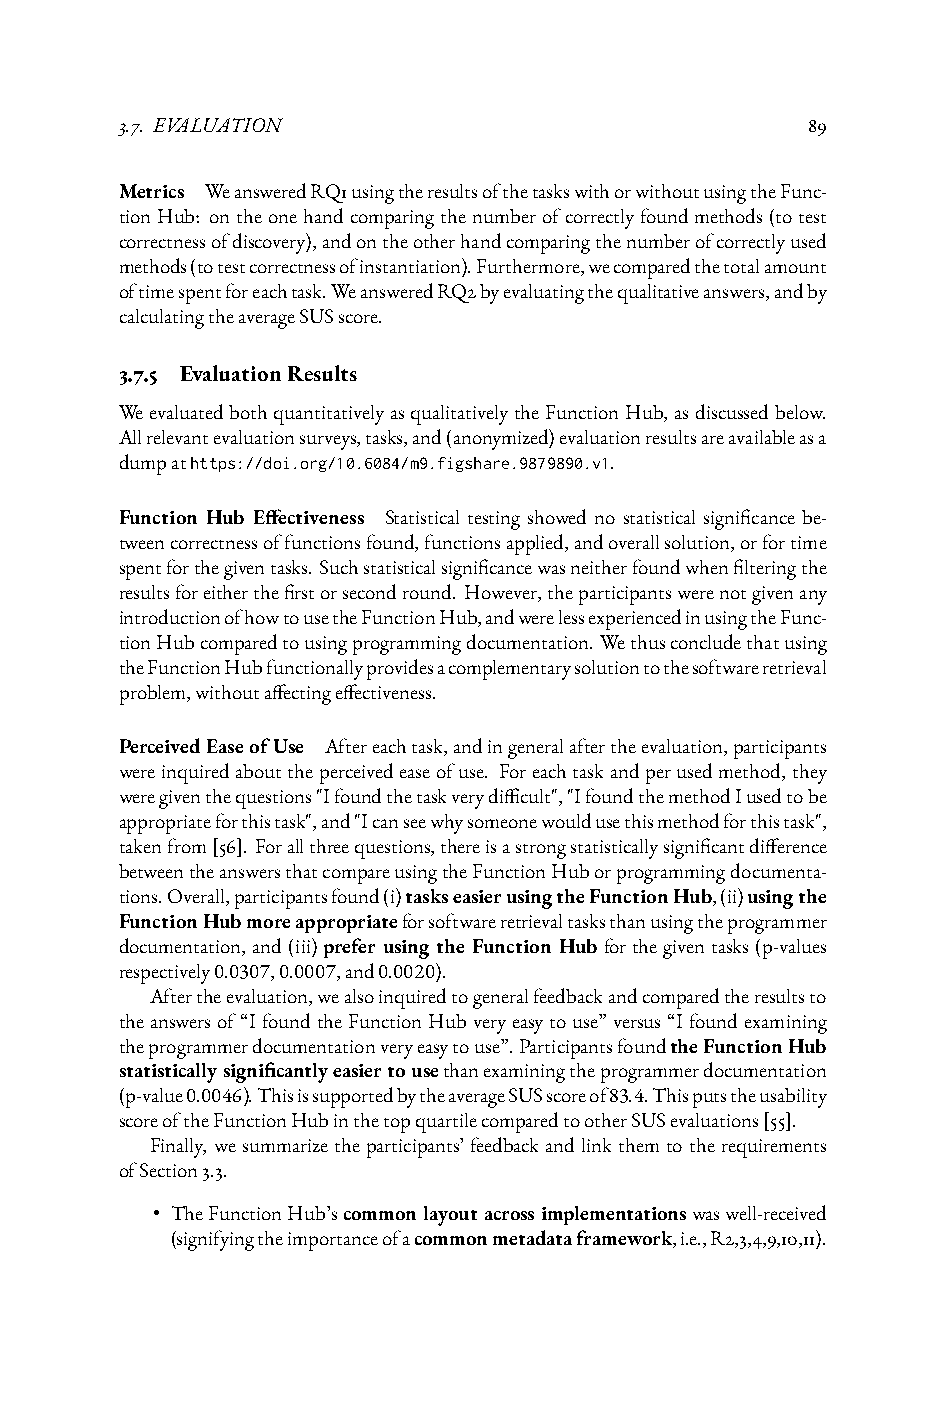
3.7. EVALUATION                              89
 Metrics WeansweredRQ1usingtheresultsofthetaskswithorwithoutusingtheFunc-
 tionHub: ontheonehandcomparingthenumberofcorrectlyfoundmethods(totest
 correctnessofdiscovery),andontheotherhandcomparingthenumberofcorrectlyused
 methods(totestcorrectnessofinstantiation).Furthermore,wecomparedthetotalamount
 oftimespentforeachtask.WeansweredRQ2byevaluatingthequalitativeanswers,andby
 calculatingtheaverageSUSscore.
 3.7.5 EvaluationResults
 WeevaluatedbothquantitativelyasqualitativelytheFunctionHub, asdiscussedbelow.
 Allrelevantevaluationsurveys,tasks,and(anonymized)evaluationresultsareavailableasa
 dumpathttps://doi.org/10.6084/m9.figshare.9879890.v1.
 Function Hub Effectiveness Statistical testing showed no statistical significance be-
 tweencorrectnessoffunctionsfound,functionsapplied,andoverallsolution,orfortime
 spentforthegiventasks. Suchstatisticalsignificancewasneitherfoundwhenfilteringthe
 resultsforeitherthefirstorsecondround. However,theparticipantswerenotgivenany
 introductionofhowtousetheFunctionHub,andwerelessexperiencedinusingtheFunc-
 tionHubcomparedtousingprogrammingdocumentation. Wethusconcludethatusing
 theFunctionHubfunctionallyprovidesacomplementarysolutiontothesoftwareretrieval
 problem,withoutaffectingeffectiveness.
 PerceivedEaseofUse Aftereachtask,andingeneralaftertheevaluation,participants
 wereinquiredabouttheperceivedeaseofuse. Foreachtaskandperusedmethod,they
 weregiventhequestions"Ifoundthetaskverydifficult","IfoundthemethodIusedtobe
 appropriateforthistask",and"Icanseewhysomeonewouldusethismethodforthistask",
 takenfrom[56]. Forallthreequestions,thereisastrongstatisticallysignificantdifference
 betweentheanswersthatcompareusingtheFunctionHuborprogrammingdocumenta-
 tions.Overall,participantsfound(i)taskseasierusingtheFunctionHub,(ii)usingthe
 FunctionHubmoreappropriateforsoftwareretrievaltasksthanusingtheprogrammer
 documentation, and(iii)prefer using the Function Hubforthegiventasks(p-values
 respectively0.0307,0.0007,and0.0020).
 Aftertheevaluation,wealsoinquiredtogeneralfeedbackandcomparedtheresultsto
 theanswersof“IfoundtheFunctionHubveryeasytouse”versus“Ifoundexamining
 theprogrammerdocumentationveryeasytouse”.ParticipantsfoundtheFunctionHub
 statisticallysignificantlyeasiertousethanexaminingtheprogrammerdocumentation
 (p-value0.0046).ThisissupportedbytheaverageSUSscoreof83.4.Thisputstheusability
 scoreoftheFunctionHubinthetopquartilecomparedtootherSUSevaluations[55].
 Finally, we summarize the participants’ feedback and link them to the requirements
 ofSection3.3.
 • TheFunctionHub’scommonlayoutacrossimplementationswaswell-received
 (signifyingtheimportanceofacommonmetadataframework,i.e.,R2,3,4,9,10,11).